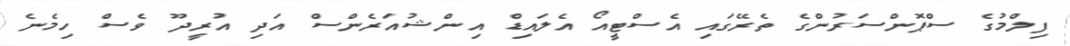
ފިލްމުގެ ސްޕޮންސަރުންގެ ތެރޭގައި އެސްޓީއޯ އެލައިޑް އިންޝުއަރެންސް އަދި އުރީދޫ ވެސް ހިމެނެ